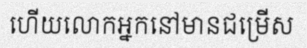
ហើយលោកអ្នកនៅមានជម្រើស